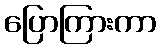
ပြောကြားကာ